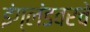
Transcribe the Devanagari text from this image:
इंग्लंडवरचे